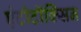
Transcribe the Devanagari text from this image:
एंटीटॉक्सिन